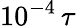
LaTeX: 10^{-4}\, \tau